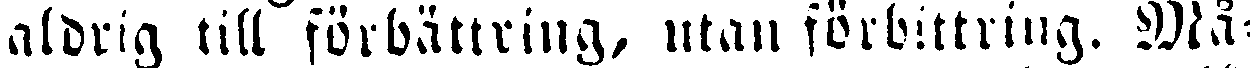
aldrig till förbättring, utan förbittring. Må-